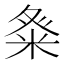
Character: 𮇓